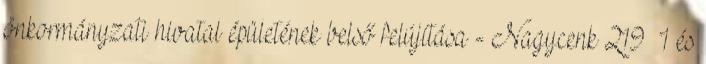
önkormányzati hivatal épületének belső felújítása - Nagycenk 219 1 és